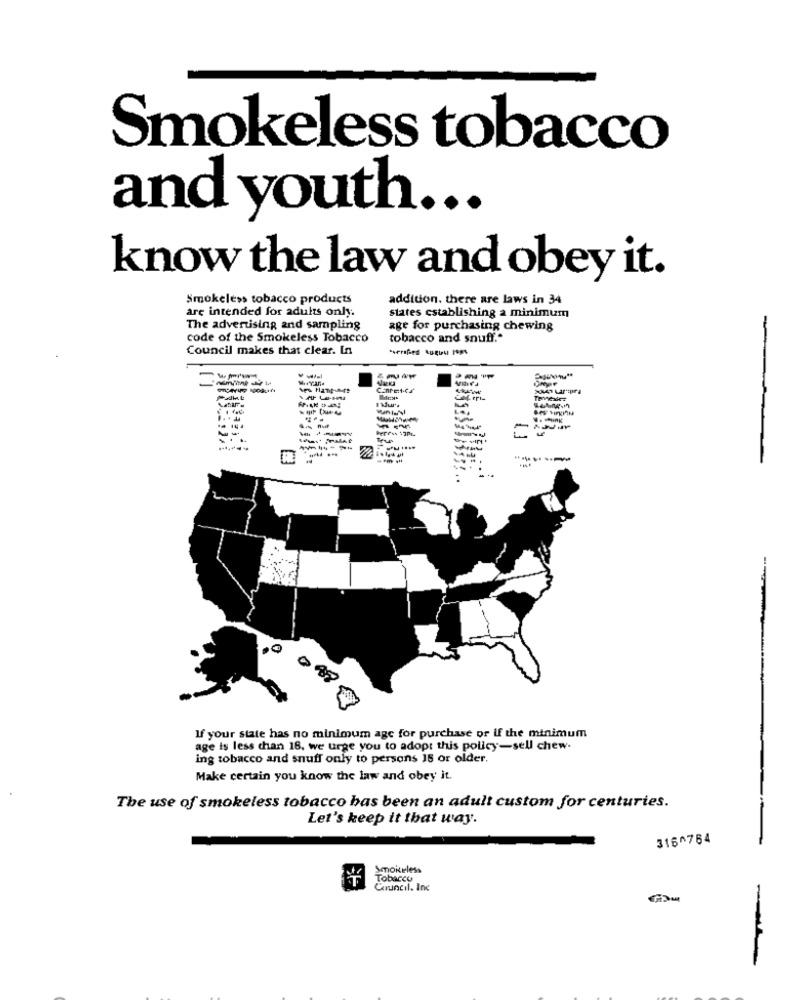
Smokeless tobacco
and youth ...
know the law and obey it.
smokeless tobacco products
addition. there are laws in 34
are intended for adults only.
states establishing a minimum
The advertising and sampling
age for purchasing chewing
code of the Smokeless Tobacco
tobacco and snuff."
Council makes that clear. In
minK
--
-N
If your state has no minimum age for purchase or if the minimum
age is less than 18. we urge you to adopt this policy-sell chew.
ing tobacco and snuff only to persons 15 or older.
Make certain you know the law and obey it.
The use of smokeless tobacco has been an adult custom for centuries.
Let's keep it that way.
316^764
Smokeless
Tobacco
Council. Inc
-